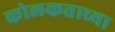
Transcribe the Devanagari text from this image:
कोलकत्ताच्या